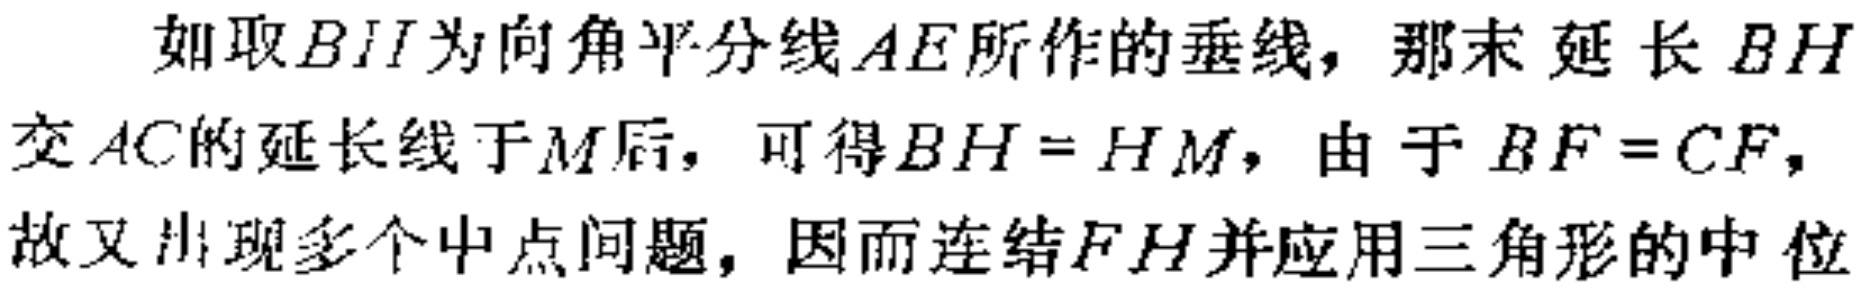
如取\(BH\)为向角平分线\(AE\)所作的垂线，那末 延长 \(BH\)交 \(AC\)的延长线于\(M\)后，可得\(BH = HM\)，由于\(BF = CF\)，故又出现多个中点问题，因而连结\(FH\)并应用三角形的中位